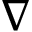
\nabla